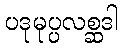
ပဒုမုပ္ပလစ္ဆဒါ